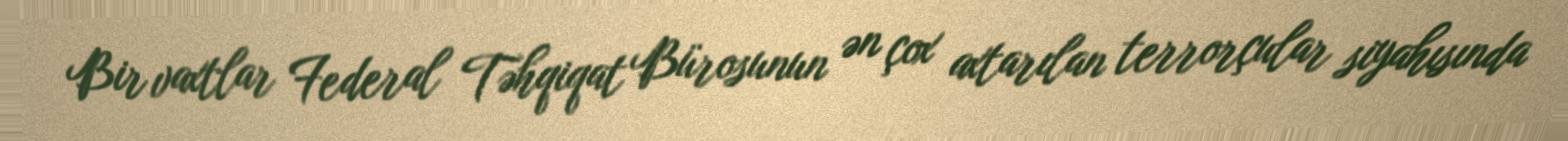
Bir vaxtlar Federal Təhqiqat Bürosunun ən çox axtarılan terrorçular siyahısında